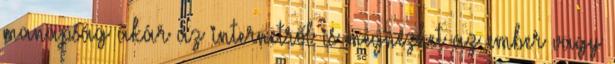
manapság akár az internetről is megnézhet az ember vagy